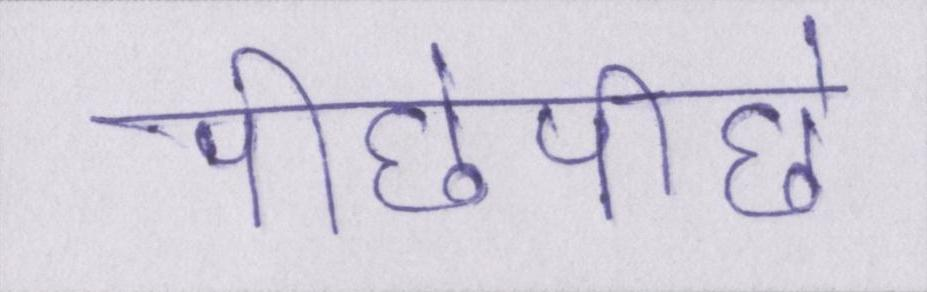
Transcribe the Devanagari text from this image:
पीछेपीछे